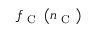
f _ { \mathrm { ~ C ~ } } \left( n _ { \mathrm { ~ C ~ } } \right)